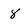
Character: 8